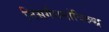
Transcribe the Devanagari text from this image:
निसर्गधर्माविरुद्ध